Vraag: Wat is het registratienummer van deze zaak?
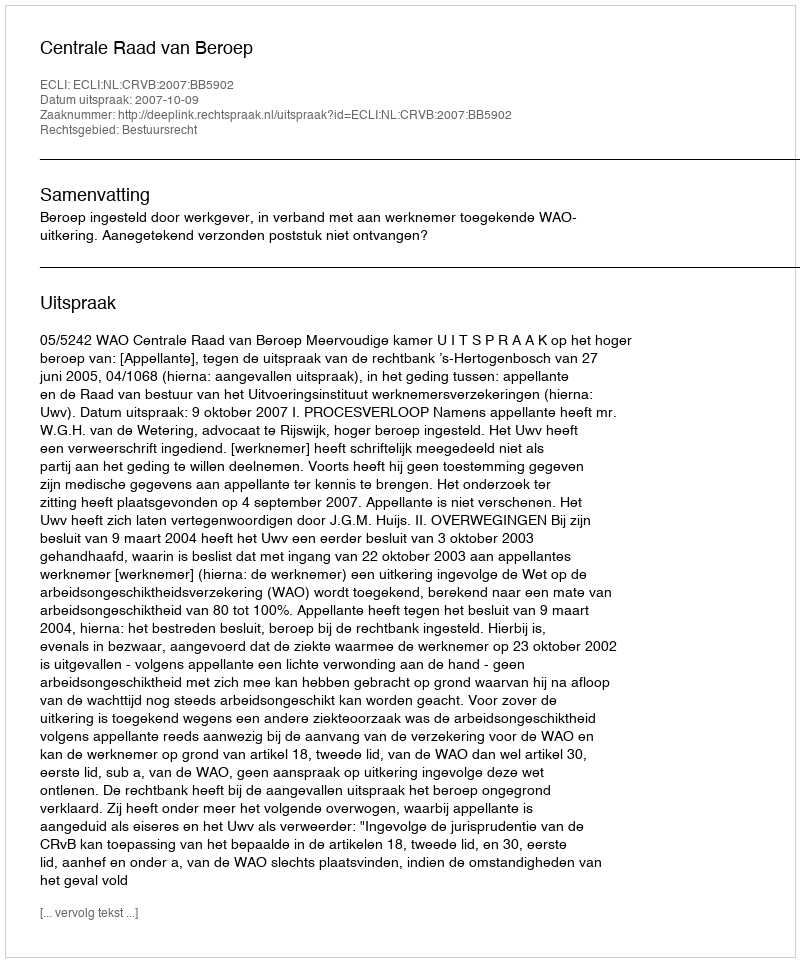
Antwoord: http://deeplink.rechtspraak.nl/uitspraak?id=ECLI:NL:CRVB:2007:BB5902